Indian journal of veterinary science and animal husbandry - Volume 11,
Year: 1941
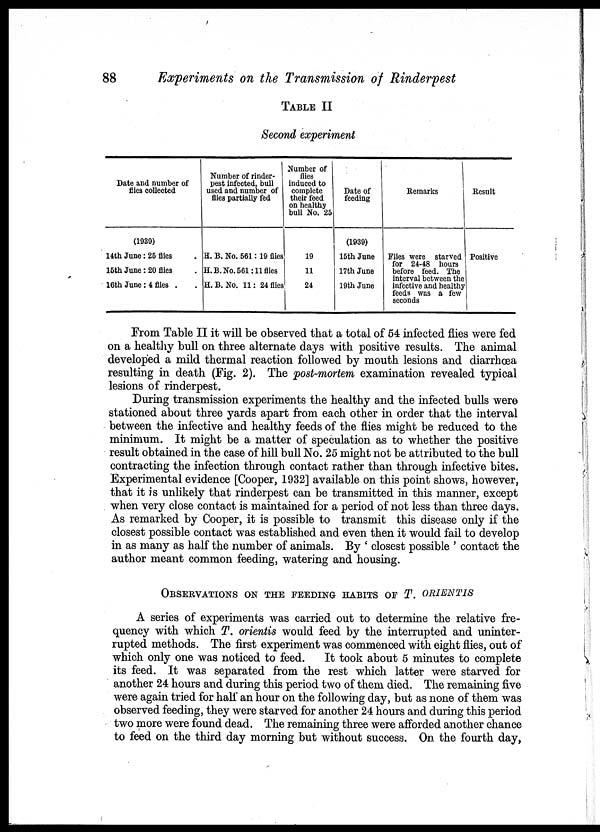
88
Experiments on the Transmission of Rinderpest
TABLE II
Second experiment
Date and number of
flies collected
(1939)
14th June: 25 flies
15th June: 20 flies
16th June : 4 flies .
Number of rinder¬
pest infected, bull
used and number of
flies partially fed
H. B. No. 561: 19 flies
H.B. No. 561:11 flies
H.B. No. 11: 24 flies
Number of
flies
induced to
complete
their feed
on healthy
bull No. 25
19
11
24
Date of
feeding
(1939)
15th June
17th June
19th June
Remarks
Flies were starved
for 24-48 hours
before feed. The
interval between the
infective and healthy
feeds was a few
seconds
Result
Positive
From Table II it will be observed that a total of 54 infected flies were fed
on a healthy bull on three alternate days with positive results. The animal
developed a mild thermal reaction followed by mouth lesions and diarrhœa
resulting in death (Fig. 2). The post-mortem examination revealed typical
lesions of rinderpest.
During transmission experiments the healthy and the infected bulls were
stationed about three yards apart from each other in order that the interval
between the infective and healthy feeds of the flies might be reduced to the
minimum. It might be a matter of speculation as to whether the positive
result obtained in the case of hill bull No. 25 might not be attributed to the bull
contracting the infection through contact rather than through infective bites.
Experimental evidence [Cooper, 1932] available on this point shows, however,
that it is unlikely that rinderpest can be transmitted in this manner, except
when very close contact is maintained for a period of not less than three days.
As remarked by Cooper, it is possible to transmit this disease only if the
closest possible contact was established and even then it would fail to develop
in as many as half the number of animals. By ' closest possible ' contact the
author meant common feeding, watering and housing.
OBSERVATION ON THE FEEDING HABITS OF T. ORIENTIS
A series of experiments was carried out to determine the relative fre-
quency with which T. orientis would feed by the interrupted and uninter-
rupted methods. The first experiment was commenced with eight flies, out of
which only one was noticed to feed.
It took about 5 minutes to complete
its feed. It was separated from the rest which latter were starved for
another 24 hours and during this period two of them died. The remaining five
were again tried for half an hour on the following day, but as none of them was
observed feeding, they were starved for another 24 hours and during this period
two more were found dead. The remaining three were afforded another chance
to feed on the third day morning but without success. On the fourth day,